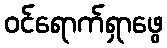
ဝင်ရောက်ရှာဖွေ